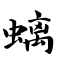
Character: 螭